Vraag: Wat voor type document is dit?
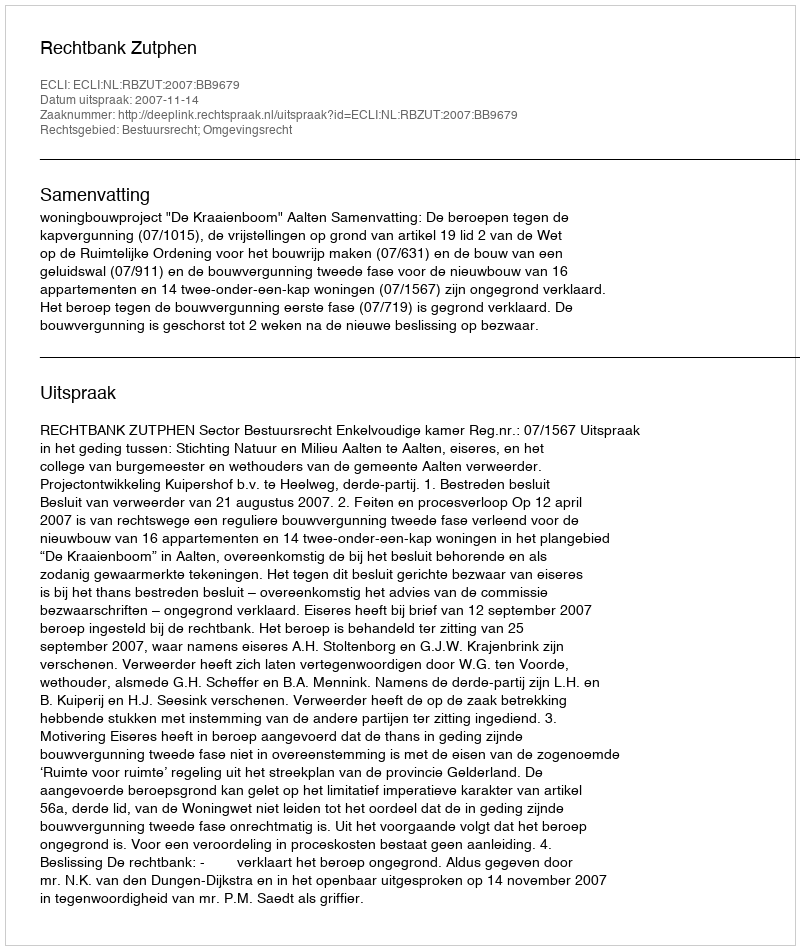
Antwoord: Uitspraak